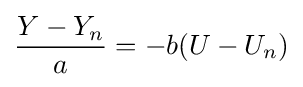
{\frac {Y-Y_{n}}{a}}=-b(U-U_{n})